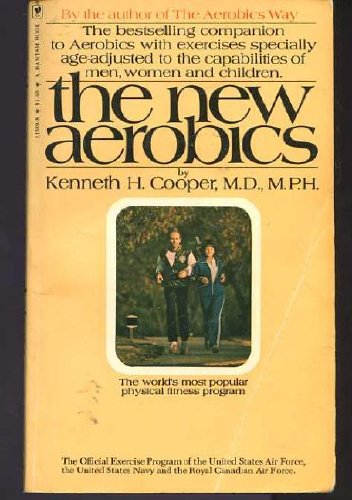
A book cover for The New Aerobics; M.D., M.P.H. Kenneth H. Cooper; Health, Fitness & Dieting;